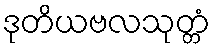
ဒုတိယဗလသုတ္တံ